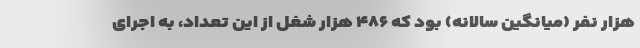
هزار نفر (میانگین سالانه) بود که ۴۸۶ هزار شغل از این تعداد، به اجرای